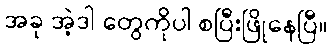
အခု အဲ့ဒါ တွေကိုပါ စပြီးဖြိုနေပြီ။